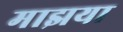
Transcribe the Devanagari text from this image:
माझया